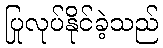
ပြုလုပ်နိုင်ခဲ့သည်